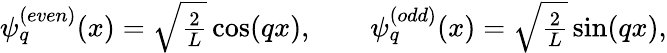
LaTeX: \begin{array}{r}{\psi_{q}^{(even)}(x)=\sqrt{\frac{2}{L}}\cos(qx),\qquad\psi_{q}^{(odd)}(x)=\sqrt{\frac{2}{L}}\sin(qx),}\end{array}